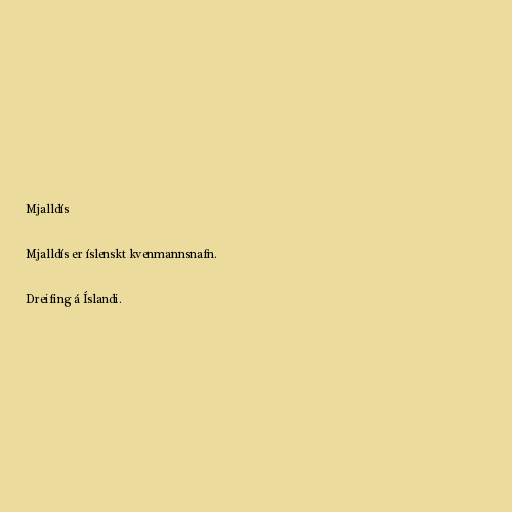
Mjalldís

Mjalldís er íslenskt kvenmannsnafn.

Dreifing á Íslandi.